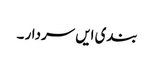
بندی ایں سردار ۔